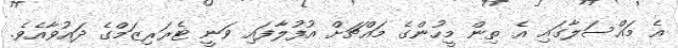
އެ މައްސަލާގައި އެ ތިން މީހުންގެ މައްޗަށް އުފުލާފައި ވަނީ ޓެރަރިޒަމްގެ ދައުވާއެވެ.